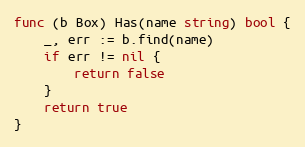
Language: Go
func (b Box) Has(name string) bool {
	_, err := b.find(name)
	if err != nil {
		return false
	}
	return true
}